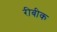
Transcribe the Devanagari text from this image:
रीबीक